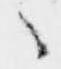
々